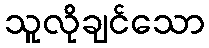
သူလိုချင်သော